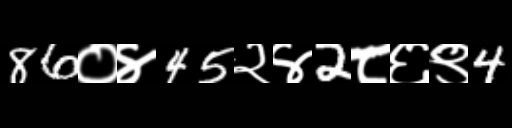
Text: 86०४45२४2८६९4